Vaccination in the Punjab 1897-1904 - 1897-1904
Year: 1897
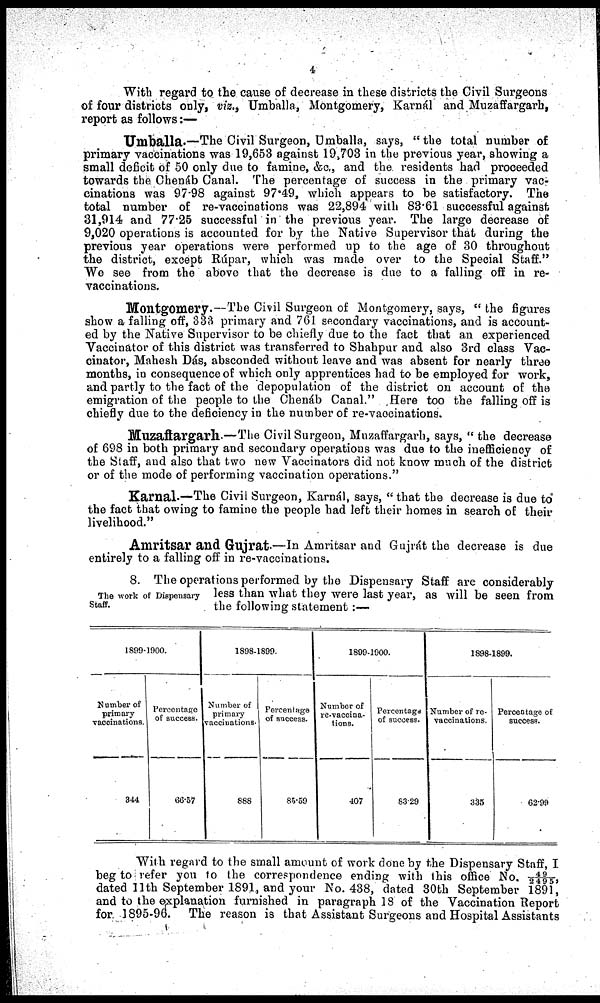
4
With regard to the cause of decrease in these districts the Civil Surgeons
of four districts only, viz., Umballa, Montgomery, Karnál and Muzaffargarh,
report as follows:—
Umballa.—The Civil Surgeon, Umballa, says, "the total number of
primary vaccinations was 19,653 against 19,703 in the previous year, showing a
small deficit of 50 only due to famine, &c., and the residents had proceeded
towards the Chenáb Canal. The percentage of success in the primary vac-
cinations was 97.98 against 97.49, which appears to be satisfactory. The
total number of re-vaccinations was 22,894 with 83.61 successful against
31,914 and 77.25 successful in the previous year. The large decrease of
9,020 operations is accounted for by the Native Supervisor that during the
previous year operations were performed up to the age of 30 throughout
the district, except Rúpar, which was made over to the Special Staff."
We see from the above that the decrease is due to a falling off in re-
vaccinations.
Montgomery.—The Civil Surgeon of Montgomery, says, “the figures
show a falling off, 333 primary and 761 secondary vaccinations, and is account-
ed by the Native Supervisor to be chiefly due to the fact that an experienced
Vaccinator of this district was transferred to Shahpur and also 3rd class Vac¬
cinator, Mahesh Dás, absconded without leave and was absent for nearly three
months, in consequence of which only apprentices had to be employed for work,
and partly to the fact of the depopulation of the district on account of the
emigration of the people to the Chenáb Canal. "Here too the falling off is
chiefly due to the deficiency in the number of re-vaccinations.
Muzaffargarh-—The Civil Surgeon, Muzaffargarh, says, “the decrease
of 698 in both primary and secondary operations was due to the inefficiency of
the Staff, and also that two new Vaccinators did not know much of the district
or of the mode of performing vaccination operations."
Karnal—The Civil Surgeon, Karnál, says, “that the decrease is due to°
the fact that owing to famine the people had left their homes in search of their
livelihood."
Amritsar and Gujrat—In Amritsar and Gujrát the decrease is due
entirely to a falling off in re-vaccinations.
The work of Dispensary
Staff.
8. The operations performed by the Dispensary Staff are considerably
less than what they were last year, as will be seen from
the following statement :—
1899-1900.
Number of
primary
Vaccinations.
344
Percentage
of success.
66.57
1898-1899.
Number of
primary
vaccinations.
888
Percentage
of success.
85.59
1899-1900.
Number of
re-vaccina-
tions.
407
Percentage
of success.
83.29
1898-1899.
Number of re¬
vaccinations.
335
Percentage of
success.
62.99
With regard to the small amount of work done by the Dispensary Staff, I
beg to refer you to the correspondence ending with this office No. 49/ 2495,
dated 11th September 1891, and your No. 438, dated 30th September 1891,
and to the explanation furnished in paragraph 18 of the Vaccination Report
for. 1895-96. The reason is that Assistant Surgeons and Hospital Assistants